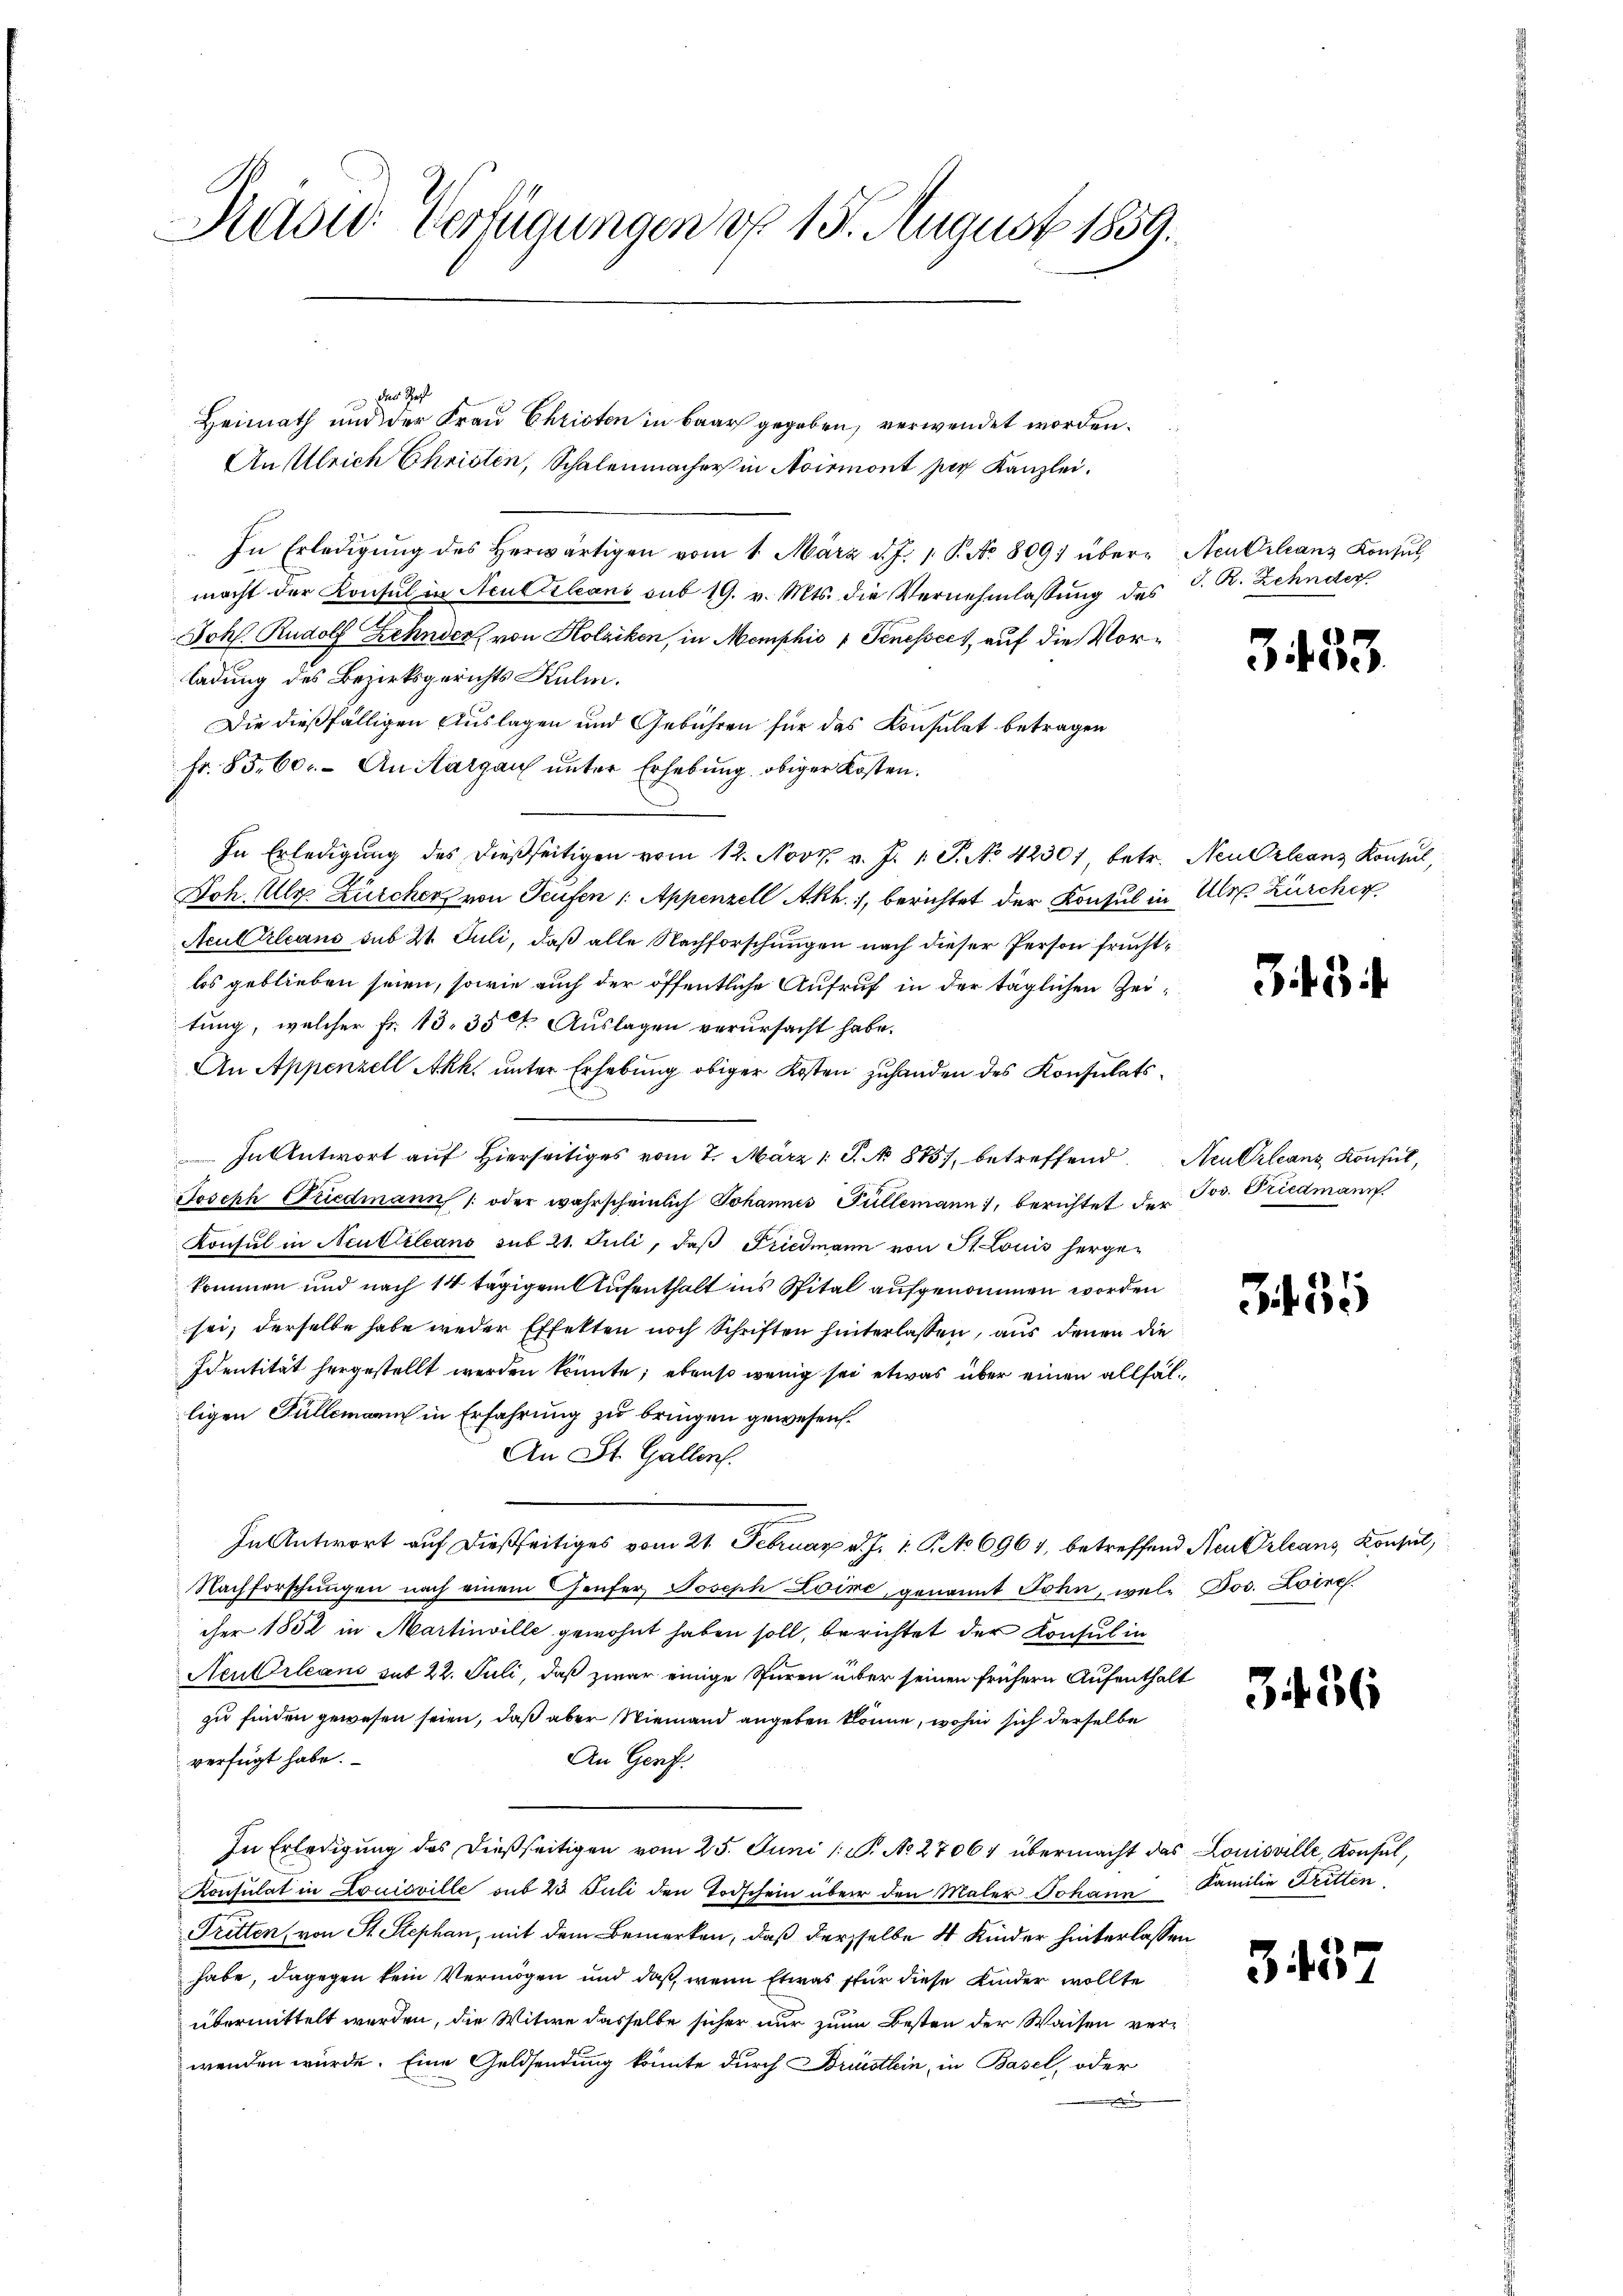
Radw. Verfügungen do 15. August 1859.

Der Haft
Heimath und der Frau Christen in Baar gegeben, verwendet worden.
Anelleich Christen, Schalenmacher in Avirmont par Kanzlei.
In Erledigŭng des herwärtigen vom 1. März d. J. 1. P. No 809 über-
macht der Konsul in Acultileans sub 19. v. Mts. die Vernehmlassung des C. R. Zehnder
Johs. Rudolf Zehnder, von Kolziken, in Memphio 1 Tenessec. auf die Vorladung des Bezirksgerichts Kulm.
Die dießfälligen Auslagen und Gebühren für das Konsulat betragen
Fr. 8560. - An Aargau unter Erhebung obiger Kosten.
In Erledigung des dießseitigen vom 12. Nov. v. J. 1. P. No. 42301, betr. Neu Orleanz Konsul,
Doh. Ulr. Zürcher von Teufen 1. Appenzell Akh., berichtet der Konsul in Ulr. Zürcher
Aculrleans sub 21. Juli, daß alle Nachforschungen nach dieser Person fruchtlos geblieben seien, sowie auch der öffentliche Aufruf in der täglichen Zeitung, welcher Fr. 13. 35 t Auslagen verursacht habe.
An Appenzell Akk. unter Erhebung obiger Kosten zuhanden des Konsulats¬
In Antwort auf Hierseitiges vom 7. März 1 S. No. 1885, betreffend Neukranz Konsul,
Joseph Friedmann  oder wahrscheinlich Johannes Füllemann, berichtet der Jos. Friedmann.
Konsul in Acutiileans sub 21. Juli, daß Friedmann von St. Louis hergekommen und nach 14 tägigem Aufenthalt ins Spital aufgenommen worden
sei; derselbe habe weder Effekten noch Schriften hinterlassen, aus denen die
Identität hergestellt werden könnte; ebenso wenig sei etwas über einen allfälligen Füllemann in Erfahrung zu bringen gewesen.
An St. Gallen.
In Antwort auf dießseitiges vom 21. Februar d. J. 1. P. No 6961, betreffend Neu Orleans, Konsul,
Nachforschungen nach einem Heufer Joseph Loire, genannt John, wele Jos. Loire.
cher 1852 in Martinville gewohnt haben soll, berichtet der Konsul in
Neu Orleans sub 22. Juli, daß zwar einige Spuren über seinen frühern Aufenthalt
zu finden gewesen seien, daß aber Niemand angeben könne, wohin sich derselbe
verfügt habe.
An Genf.
In Erledigung des dießseitigen vom 25. Juni 1 S. No. 27061 übermacht das Louisville, Konsul,
Konsulat in Louisville aus 23 Juli den Todschein über den Maler Johann Familie Tritten
Tritten (von St. Stephan, mit dem Bemerken, daß derselbe 4 Kinder hinterlassen,
habe, dagegen kein Vermögen und daß, wenn Etwas für diese Kinder wollte
übermittelt werden, die Witwe dasselbe sicher nur zum Besten der Waisen verwenden würde. Eine Geldsendung könnte durch Brünstlein, in Basel, oder
e

Neukrleans Konsul

333.

343

Jit 15

t

34 56

3437